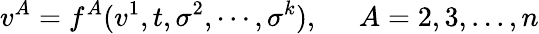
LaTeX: v^{A}=f^{A}(v^{1},t,\sigma^{2},\cdots,\sigma^{k}),\; \; \; \; \; A=2,3,...,n